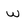
Character: w